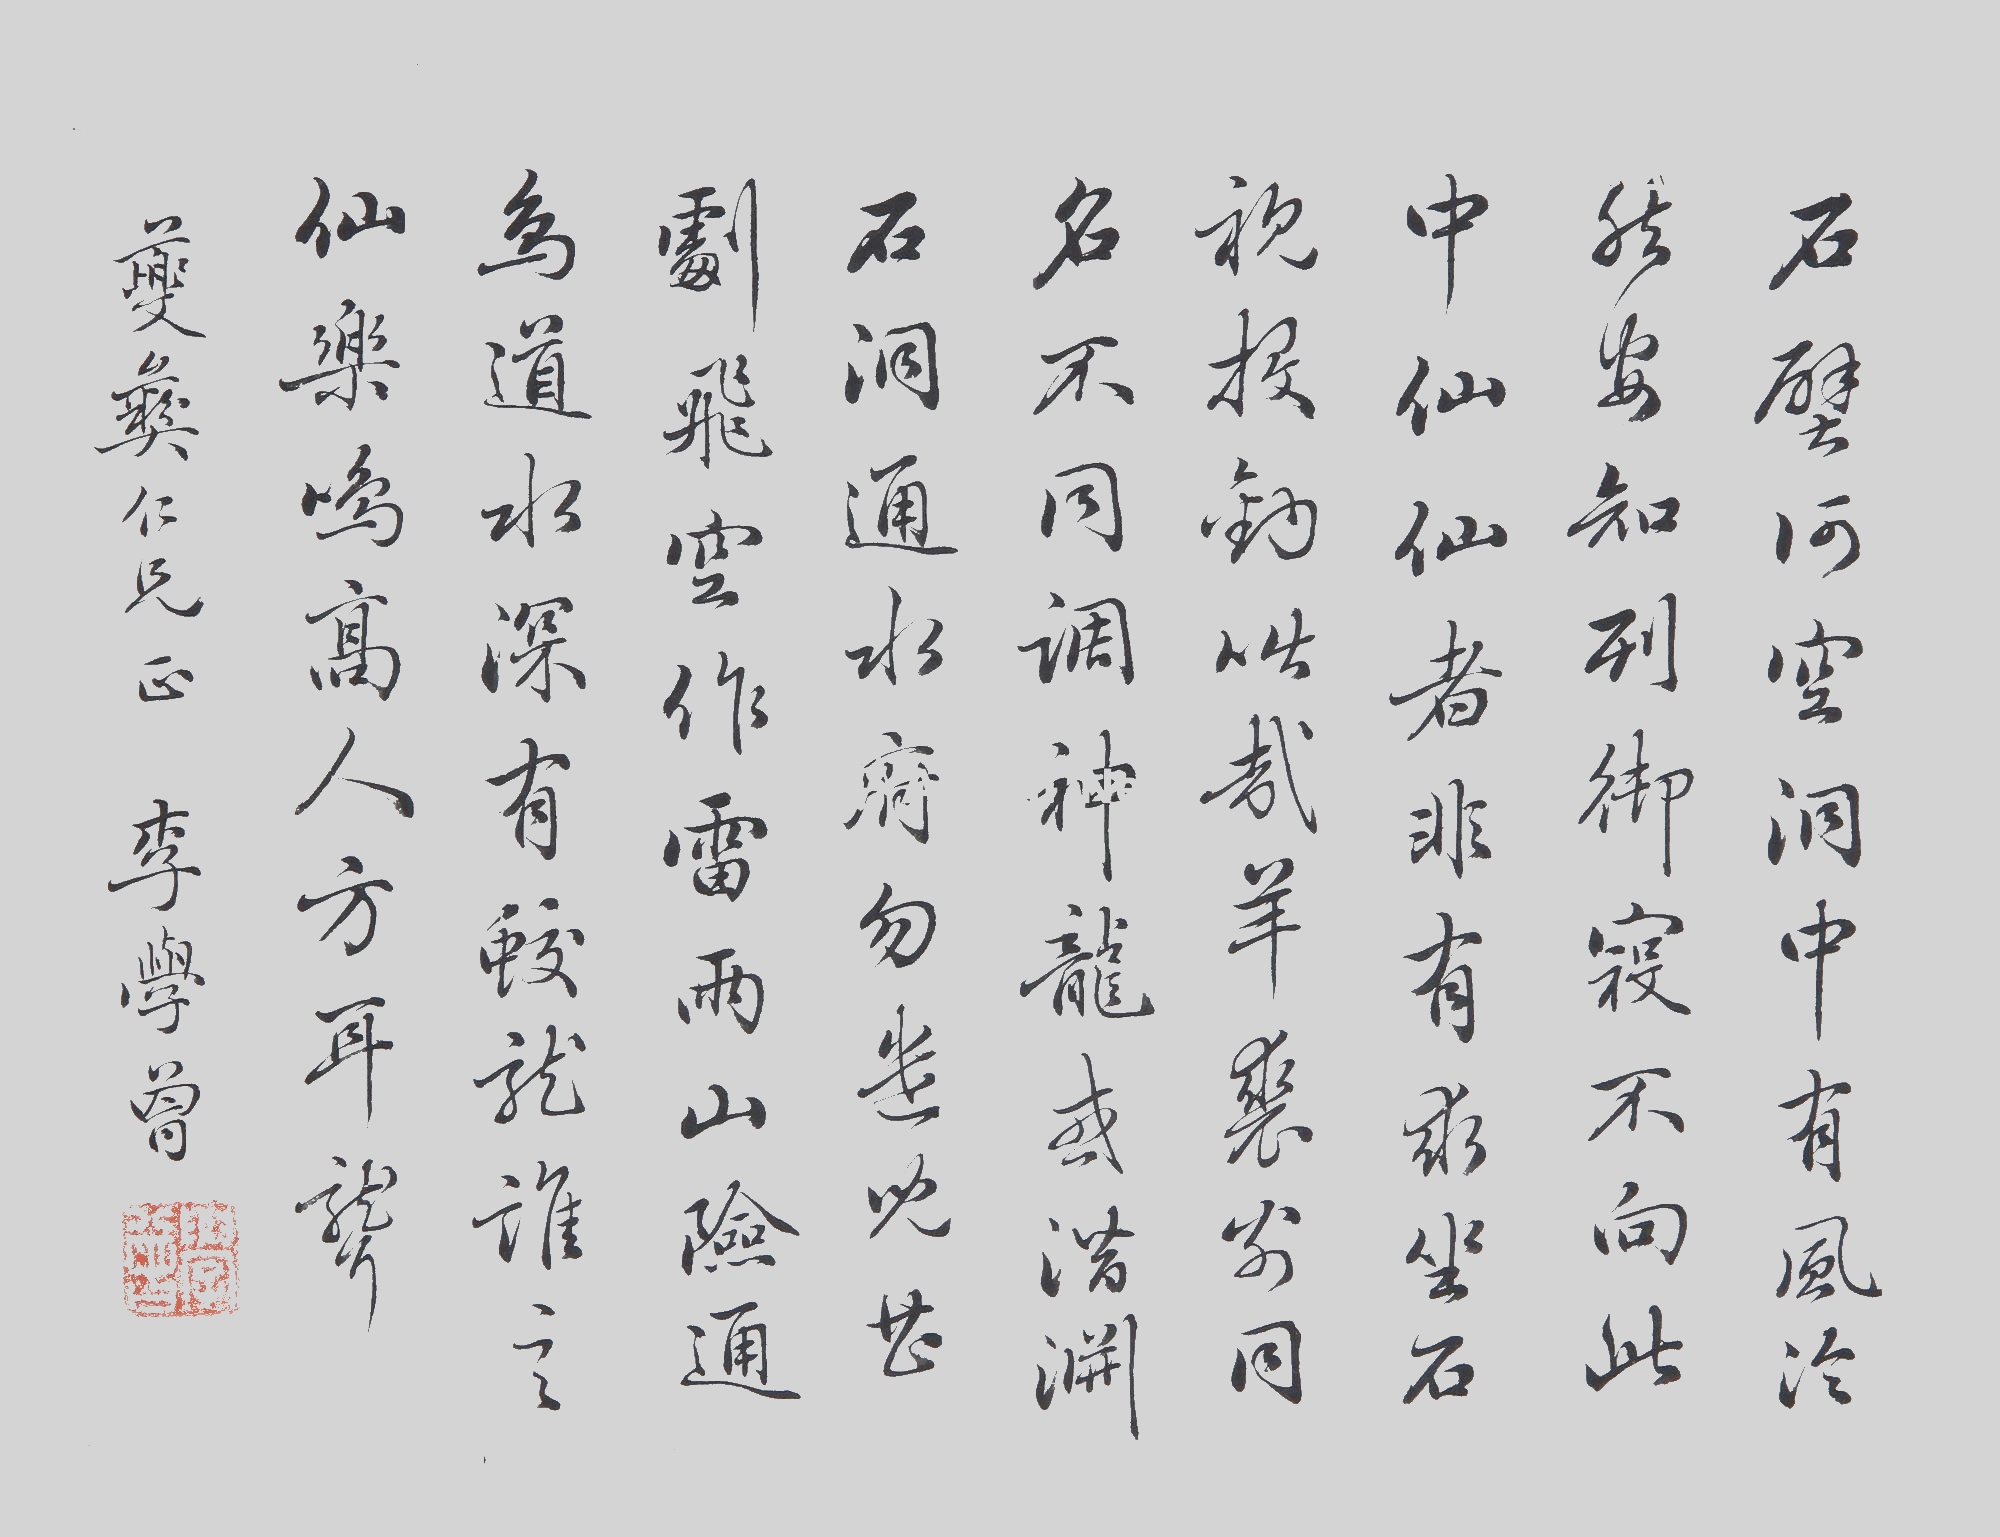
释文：石壑河空洞，中有风冷秋。安知到御寝，不向此中仙。仙者非有求,坐石视投钓。咄哉羊裘翁,同名不同调。神龙或深潜,石洞通水府。勿遣儿芷,飞空作雷雨。山险通鸟道，水深有蛟龙。谁言仙乐鸣，高人方耳聋。夔彝仁兄正李学曾。